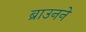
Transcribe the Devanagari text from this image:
ब्राउनने